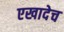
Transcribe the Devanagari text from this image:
एखादेच